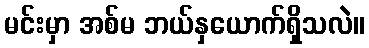
မင်းမှာ အစ်မ ဘယ်နှယောက်ရှိသလဲ။